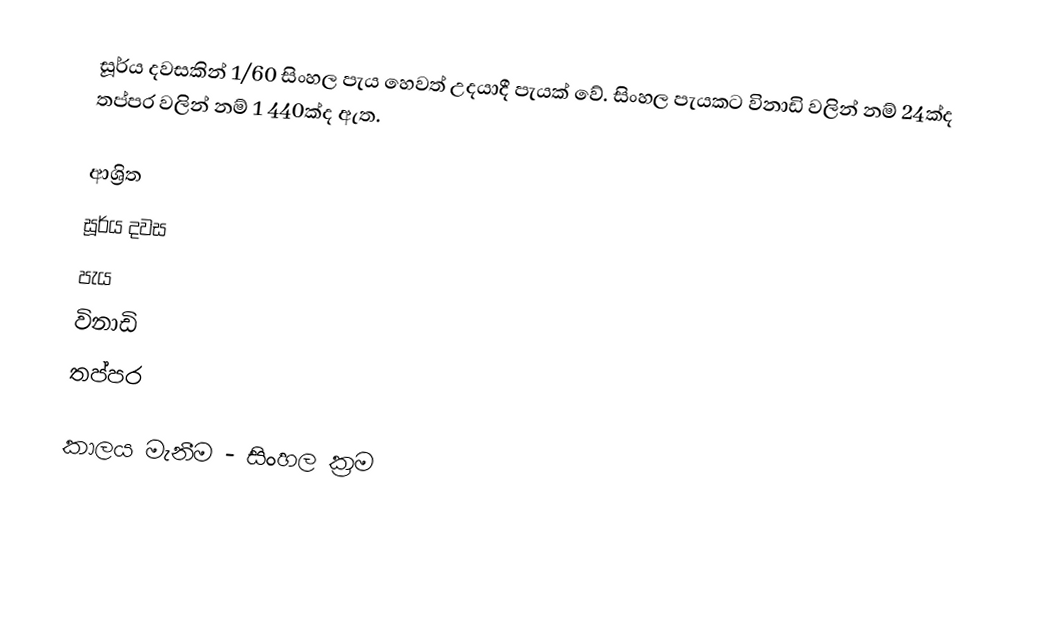
සූර්ය දවසකින් 1/60 සිංහල පැය හෙවත් උදයාදී පැයක් වේ. සිංහල පැයකට විනාඩි වලින් නම් 24ක්ද තප්පර වලින් නම් 1 440ක්ද ඇත.

ආශ්‍රිත
 සූර්ය දවස
 පැය
 විනාඩි
 තප්පර

කාලය මැනීම - සිංහල ක්‍රම